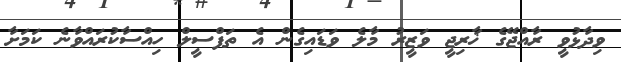
ވިދާޅުވީ ރާއްޖޭގެ ޚާރިޖީ ވަޒީރު މާލެ ވަޑައިގެން އެ ތަފްސީލް ހިއްސާކުރައްވާނެ ކަމަށާ